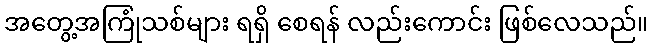
အတွေ့အကြုံသစ်များ ရရှိ စေရန် လည်းကောင်း ဖြစ်လေသည်။